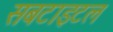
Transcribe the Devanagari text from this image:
सबटाइटल